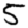
Digit: 5